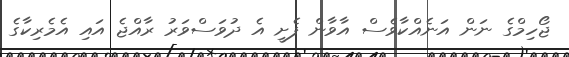
ޖޯހިމްގެ ނަން އަނެއްކާވެސް އާވާން ފެށީ އެ ދުވަސްވަރު ރާއްޖެ އައި އެމެރިކާގެ